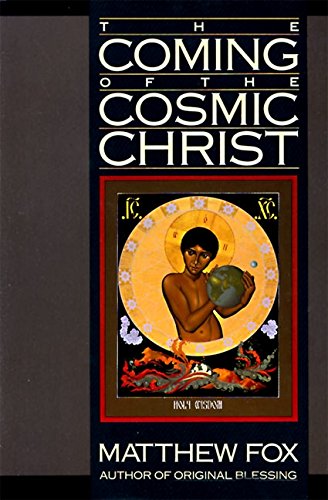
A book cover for The Coming of the Cosmic Christ: The Healing of Mother Earth and the Birth of a Global Renaissance; Matthew Fox; Christian Books & Bibles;